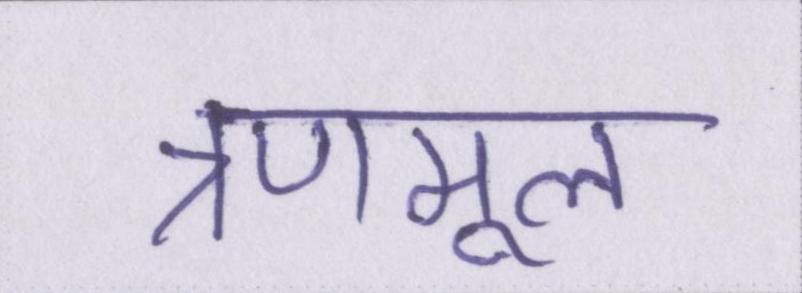
त्रणमूल